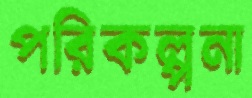
পরিকল্পনা